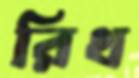
রিথ